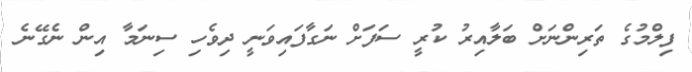
ފިލްމުގެ ތަރިންނަށް ބަލާއިރު ކުރީ ސަފަށް ނަގާފައިވަނީ ދިވެހި ސިނަމާ އިން ނެގޭނެ